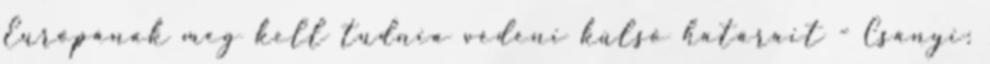
Európának meg kell tudnia védeni külső határait - Csányi: